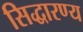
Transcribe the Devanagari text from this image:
सिद्धारण्य